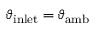
\vartheta _ { \mathrm { i n l e t } } = \vartheta _ { \mathrm { a m b } }